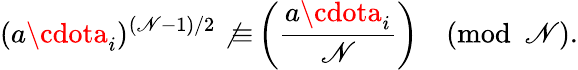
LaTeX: (a\cdota_{i})^{(\mathscr{N}-1)/2}\not{\equiv}\left({\frac{{a\cdota_{i}}}{{\mathscr{N}}}}\right){\pmod{\mathscr{N}}}.